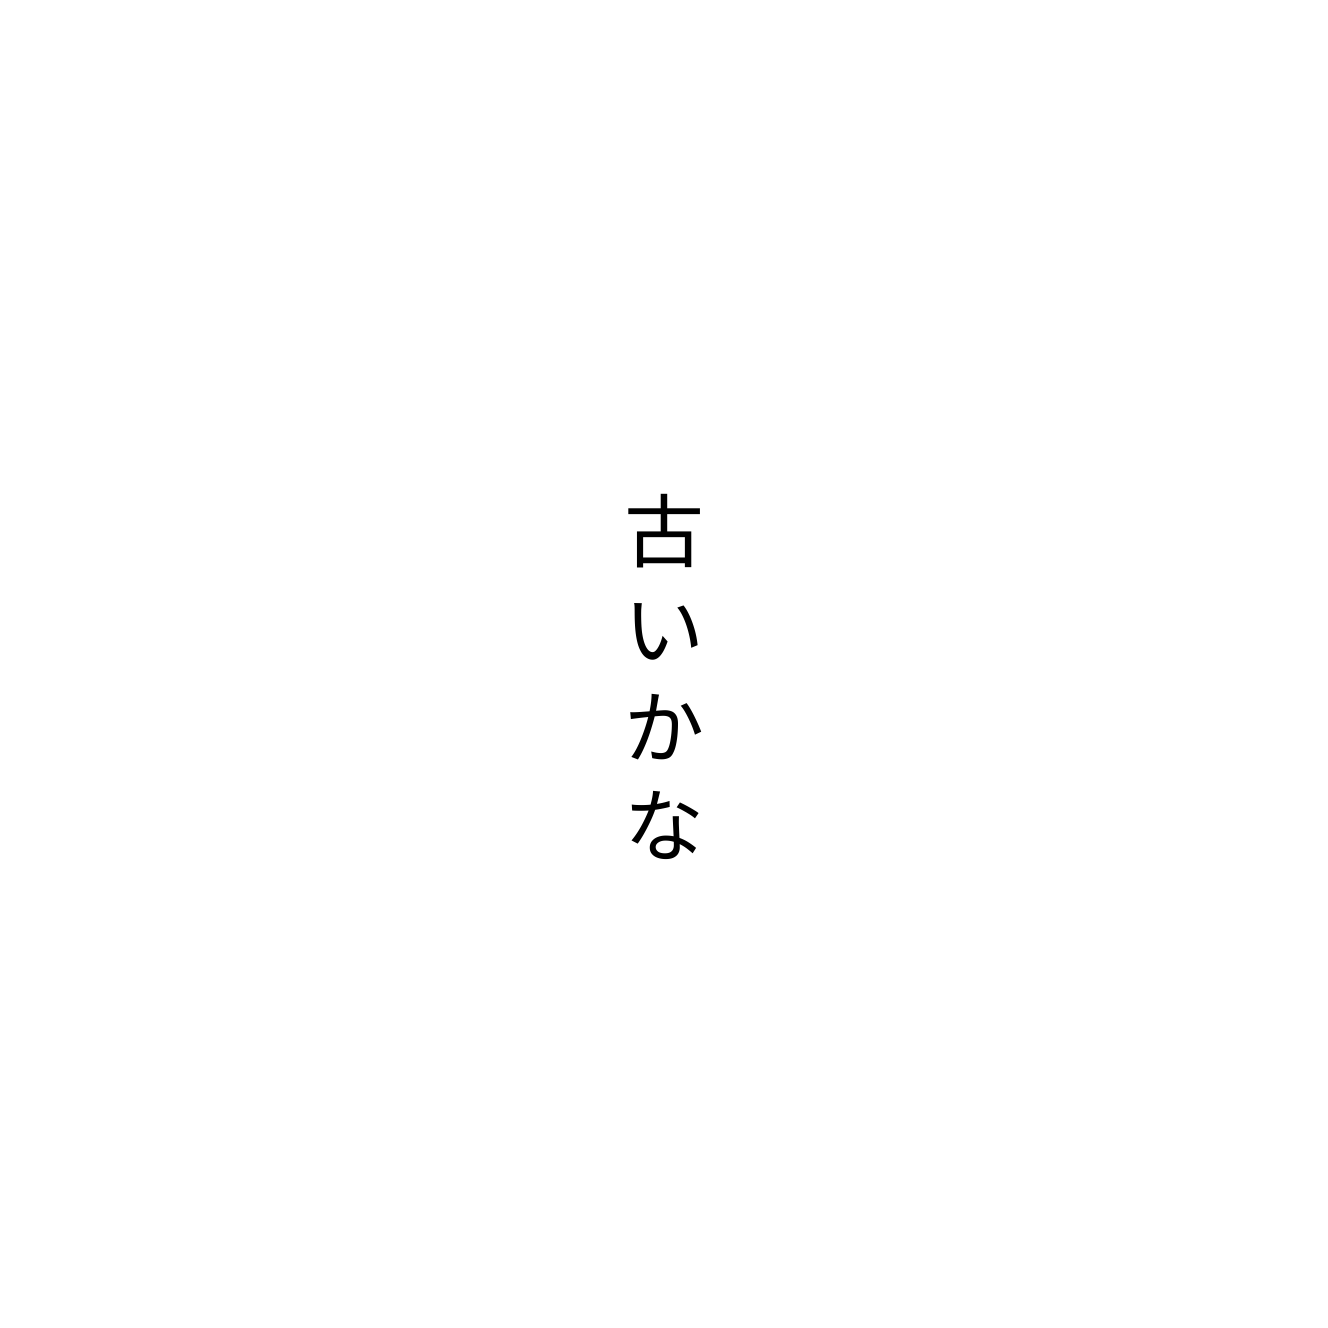
古いかな